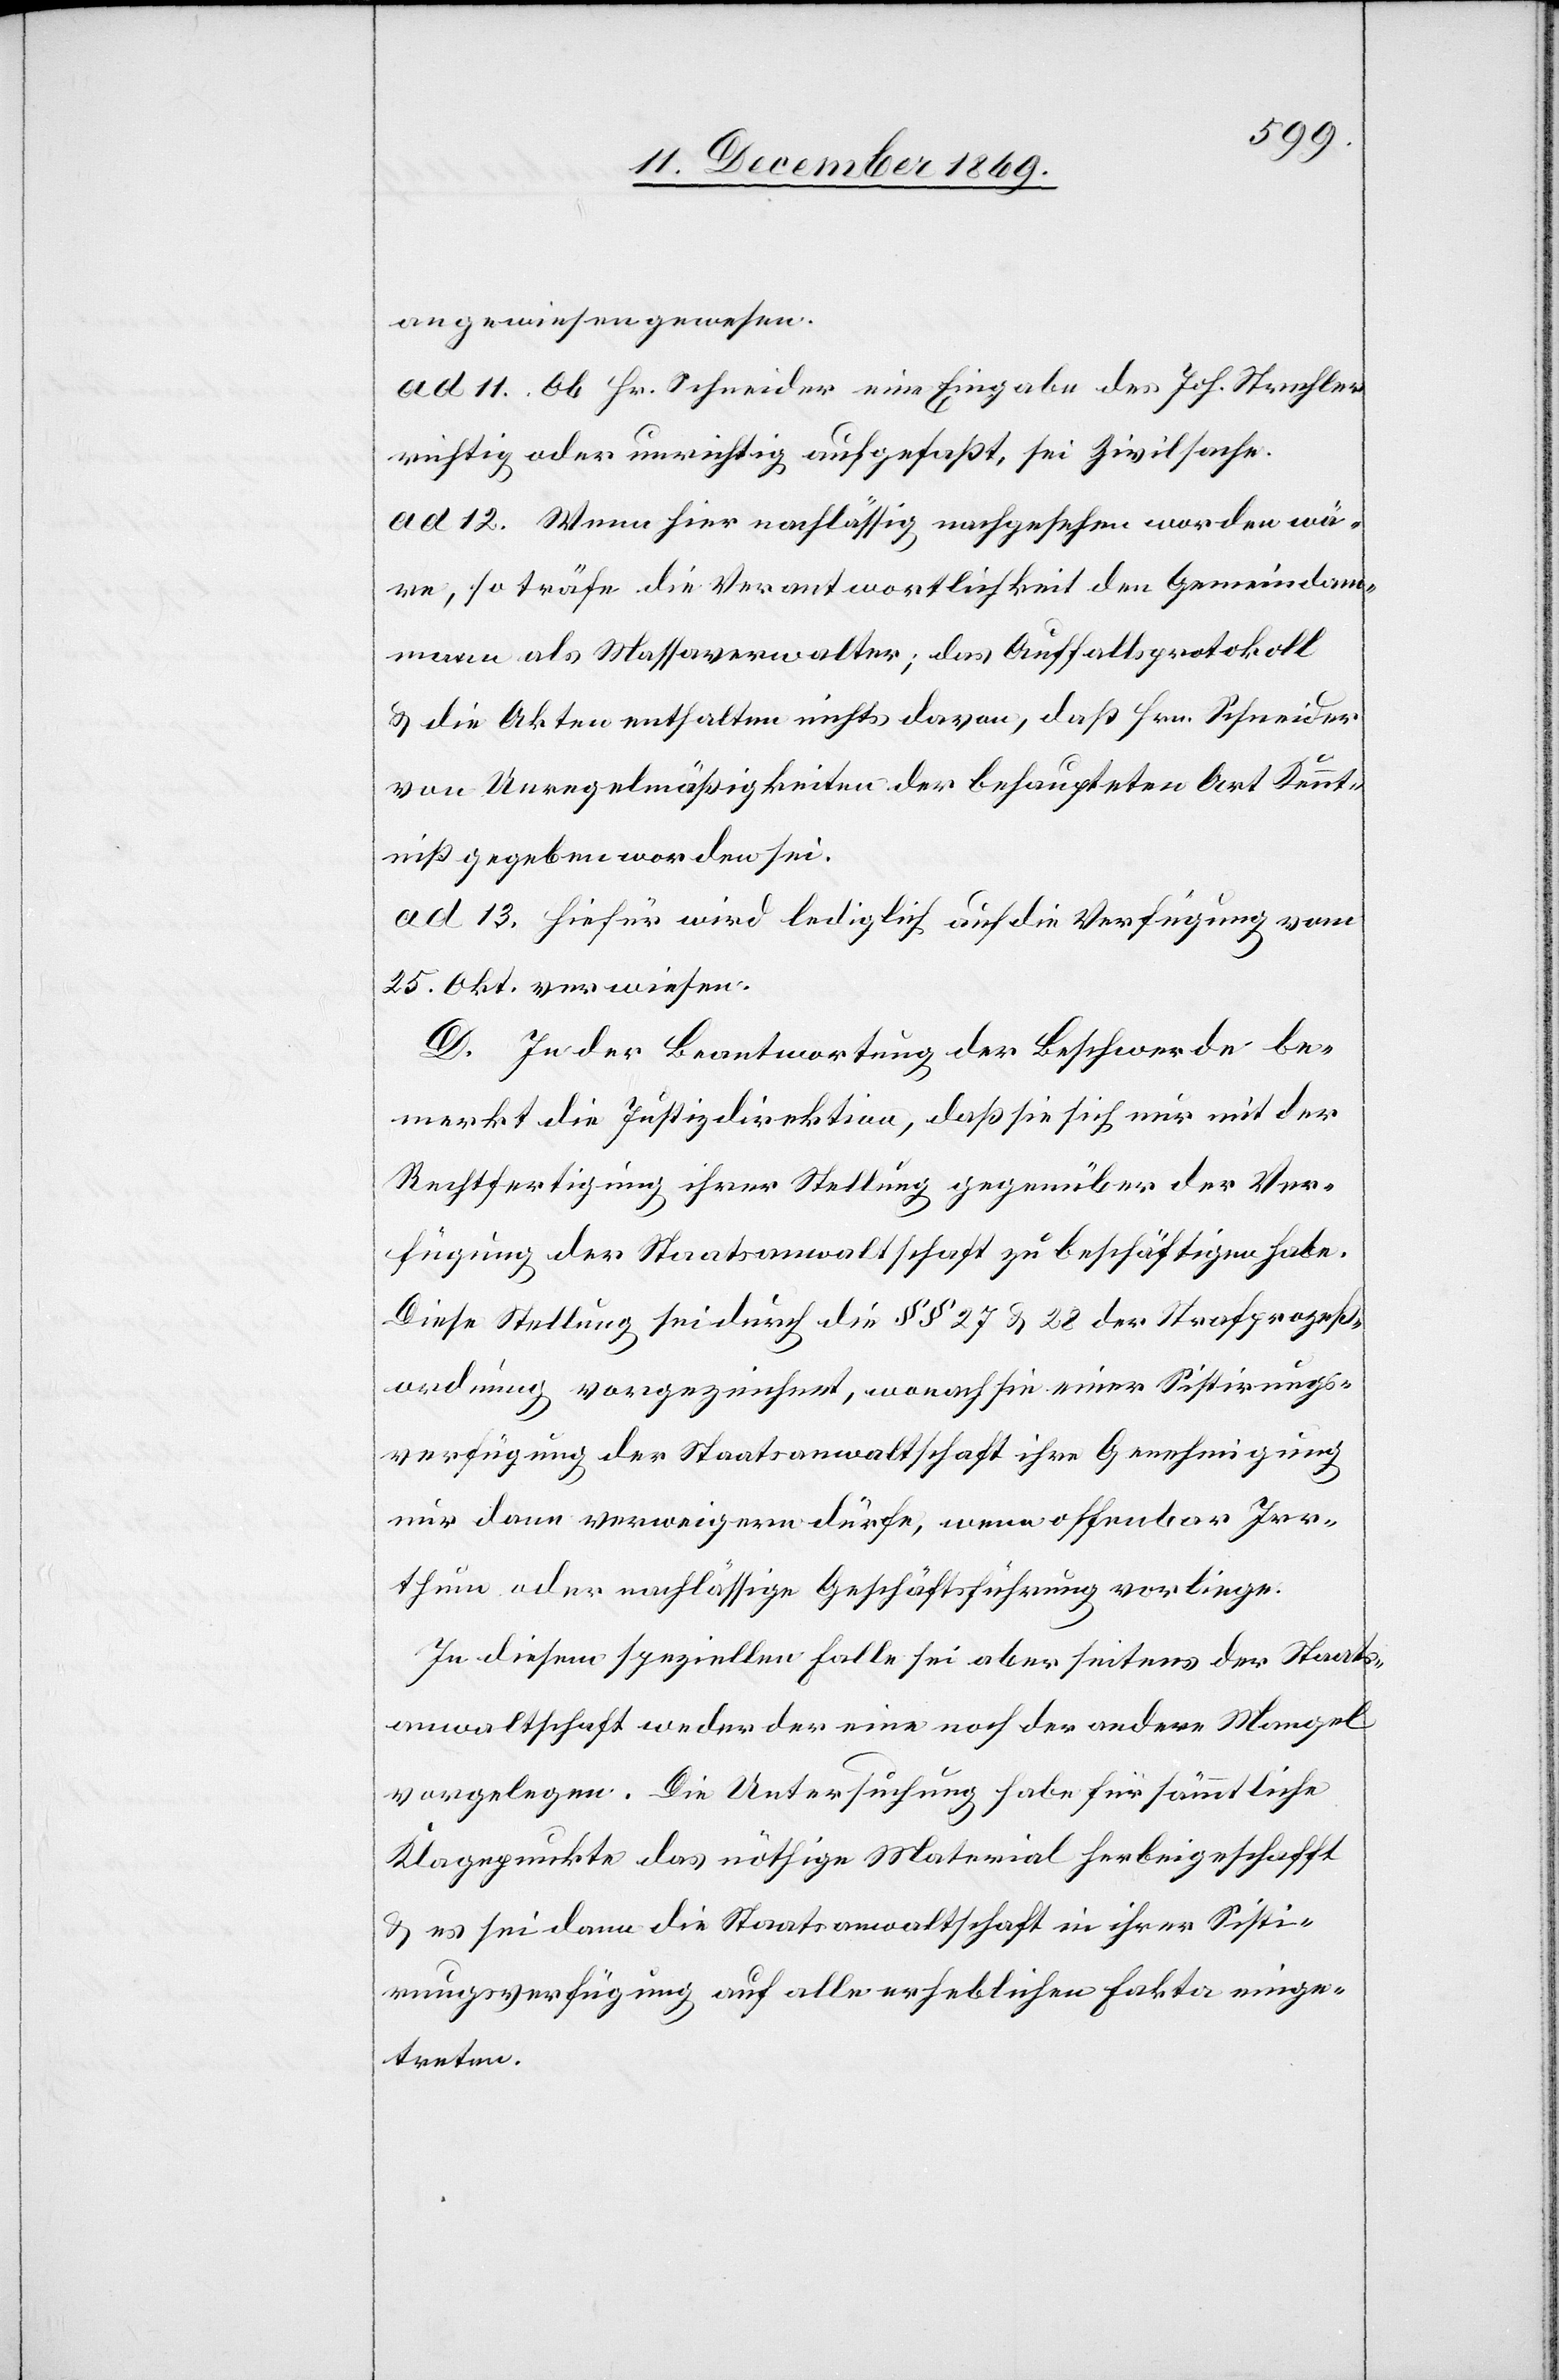
angewiesen gewesen.
ad 11. Ob Hr. Schneider eine Eingabe des Joh. Strehler
richtig oder unrichtig aufgefaßt, sei Zivilsache.
ad 12. Wenn hier nachlässig nachgesehen worden wä¬
re, so träfe die Verantwortlichkeit den Gemeindam¬
mann als Massaverwalter; das Auffallsprotokoll
& die Akten enthalten nichts davon, daß Hrn. Schneider
von Unregelmäßigkeiten der behaupteten Art Kennt¬
niß gegeben worden sei.
ad 13. Hiefür wird lediglich auf die Verfügung vom
25. Okt. verwiesen.
D. In der Beantwortung der Beschwerde be¬
merkt die Justizdirektion, daß sie sich nur mit der
Rechtfertigung ihrer Stellung gegenüber der Ver¬
fügung der Staatsanwaltschaft zu beschäftigen habe.
Diese Stellung sei durch die §§ 27 & 28 der Strafprozeß¬
ordnung vorgezeichnet, wonach sie einer Sistirungs¬
verfügung der Staatsanwaltschaft ihre Genehmigung
nur dann verweigern dürfe, wenn offenbar Irr¬
thum oder nachlässige Geschäftsführung vorliege.
In diesem speziellen Falle sei aber seitens der Staats¬
anwaltschaft weder der eine noch der andere Mangel
vorgelegen. Die Untersuchung habe für sämmtliche
Klagepunkte das nöthige Material herbeigeschafft
& es sei dann die Staatsanwaltschaft in ihrer Sisti¬
rungsverfügung auf alle erheblichen Fakta einge¬
treten.